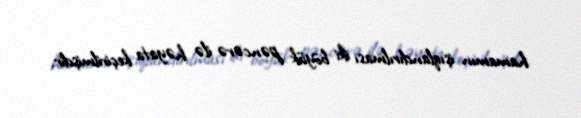
hamamın işıqlandırılması iki böyük pəncərə ilə həyata keçirilmişdir.